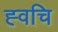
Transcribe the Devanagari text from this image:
ह्वचि